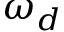
\omega _ { d }